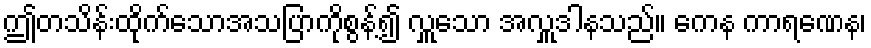
ဤတသိန်းထိုက်သောအသပြာကိုစွန့်၍ လှူသော အလှူဒါနသည်။ ကေန ကာရဏေန၊